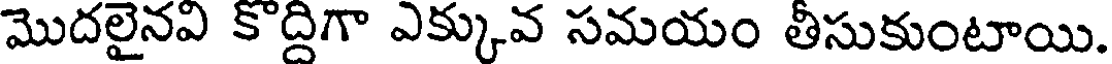
మొదలైనవి కొద్దిగా ఎక్కువ సమయం తీసుకుంటాయి.